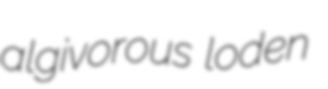
algivorous loden